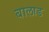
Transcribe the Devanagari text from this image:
बालाड